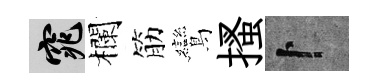
窕欄筋鸞搔卜